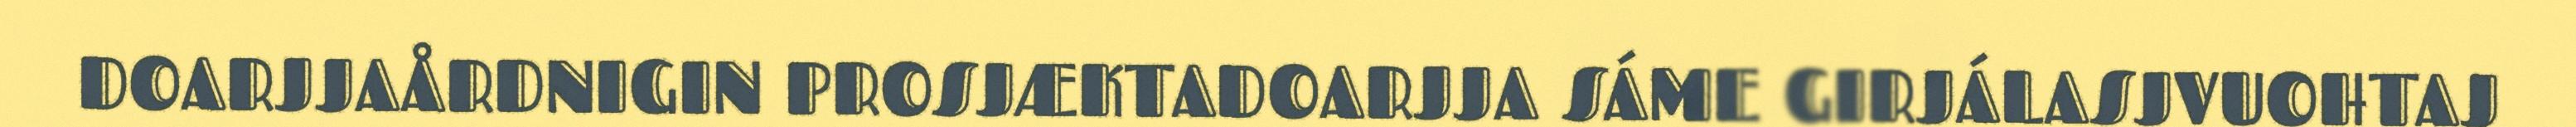
DOARJJAÅRDNIGIN PROSJÆKTADOARJJA SÁME GIRJÁLASJVUOHTAJ